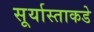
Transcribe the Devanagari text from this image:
सूर्यास्ताकडे